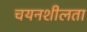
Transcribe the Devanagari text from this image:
चयनशीलता